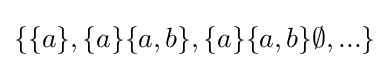
\{\{a\},\{a\}\{a,b\},\{a\}\{a,b\}\emptyset ,...\}